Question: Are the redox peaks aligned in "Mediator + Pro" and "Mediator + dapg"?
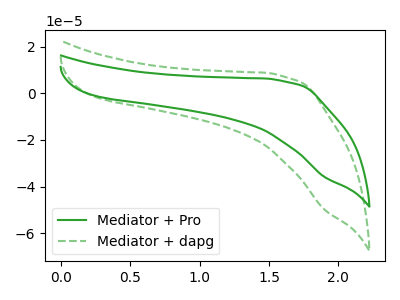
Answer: <think>The green curve "Mediator + Pro" has no peaks. The green dashed curve "Mediator + dapg" has no peaks.</think>
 <answer>Niether CV has any peaks.</answer>
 <eval>blanks</eval>